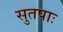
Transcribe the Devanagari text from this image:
सुतपाः